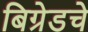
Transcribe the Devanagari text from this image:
बिग्रेडचे